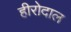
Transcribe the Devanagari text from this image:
हीरोदाल